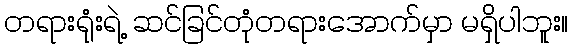
တရားရုံးရဲ့ ဆင်ခြင်တုံတရားအောက်မှာ မရှိပါဘူး။